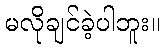
မလိုချင်ခဲ့ပါဘူး။